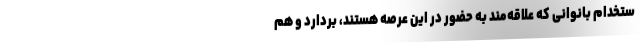
ستخدام بانوانی که علاقه‌مند به حضور در این عرصه هستند، بردارد و هم